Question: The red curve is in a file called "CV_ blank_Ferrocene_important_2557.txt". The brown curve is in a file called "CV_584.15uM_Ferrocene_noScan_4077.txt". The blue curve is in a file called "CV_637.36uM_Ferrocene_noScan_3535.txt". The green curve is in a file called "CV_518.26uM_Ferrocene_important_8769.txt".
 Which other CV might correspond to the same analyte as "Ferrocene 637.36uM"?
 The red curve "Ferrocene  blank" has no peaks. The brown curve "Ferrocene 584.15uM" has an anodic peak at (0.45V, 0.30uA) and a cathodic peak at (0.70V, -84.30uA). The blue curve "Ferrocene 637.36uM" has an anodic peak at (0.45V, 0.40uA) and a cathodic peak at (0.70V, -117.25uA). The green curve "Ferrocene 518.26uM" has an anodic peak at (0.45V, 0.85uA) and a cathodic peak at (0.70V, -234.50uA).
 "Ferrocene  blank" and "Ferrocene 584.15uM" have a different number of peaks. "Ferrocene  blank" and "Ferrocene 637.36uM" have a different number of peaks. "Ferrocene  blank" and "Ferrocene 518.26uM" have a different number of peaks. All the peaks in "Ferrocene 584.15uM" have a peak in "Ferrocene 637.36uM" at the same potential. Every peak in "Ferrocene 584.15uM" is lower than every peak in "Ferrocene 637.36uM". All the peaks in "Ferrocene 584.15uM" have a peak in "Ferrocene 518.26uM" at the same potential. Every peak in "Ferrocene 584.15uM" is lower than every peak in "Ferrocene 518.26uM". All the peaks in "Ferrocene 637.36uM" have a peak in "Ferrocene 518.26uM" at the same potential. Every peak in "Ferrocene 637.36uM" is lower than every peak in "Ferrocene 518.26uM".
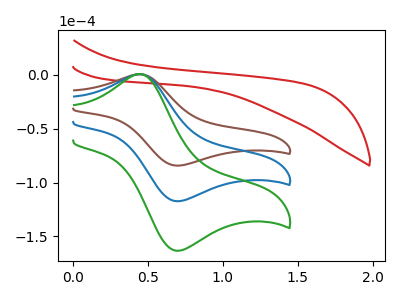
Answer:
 <answer>"Ferrocene 637.36uM" and "Ferrocene 518.26uM" have a similar shape to "Ferrocene 584.15uM".</answer>
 <eval>"Ferrocene 637.36uM" "Ferrocene 518.26uM"</eval>